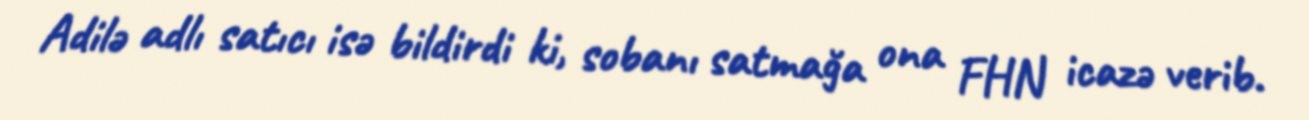
Adilə adlı satıcı isə bildirdi ki, sobanı satmağa ona FHN icazə verib.